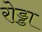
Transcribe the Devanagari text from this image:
रोड्डा